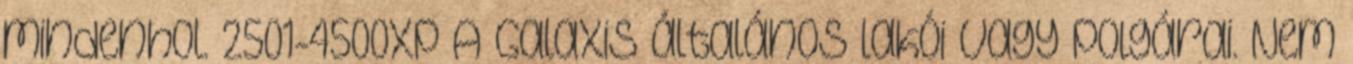
mindenhol. 2501-4500Xp A Galaxis általános lakói vagy polgárai. Nem